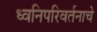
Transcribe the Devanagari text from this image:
ध्वनिपरिवर्तनाचे